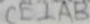
C E \bot A B